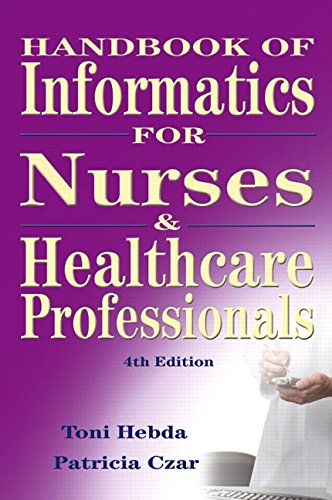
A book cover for Handbook of Informatics for Nurses and Healthcare Professionals (4th Edition); Toni Lee Hebda BSN  M.N.Ed.  Ph.D.  MSIS ; Medical Books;